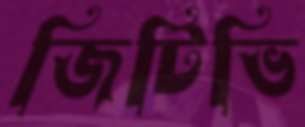
জিটিভি